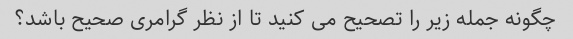
چگونه جمله زیر را تصحیح می کنید تا از نظر گرامری صحیح باشد؟